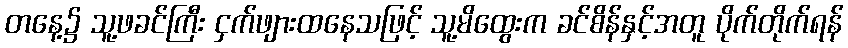
တနေ့၌ သူ့ဖခင်ကြီး ငှက်ဖျားထနေသဖြင့် သူ့မိထွေးက ခင်စိန်နှင့်အတူ ပိုက်တိုက်ရန်